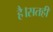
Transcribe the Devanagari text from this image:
है।सतही